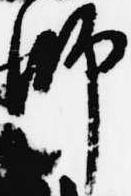
師